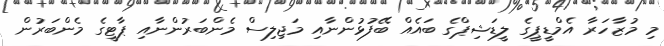
މި މުޒާހަރާ އެމްޑީޕީގެ ލީޑަޝިޕްގެ ބައެއް ބޭފުޅުންނާއި މަޖިލިސް މެންބަރުންނާއި ޕާޓީގެ މެންބަރުން